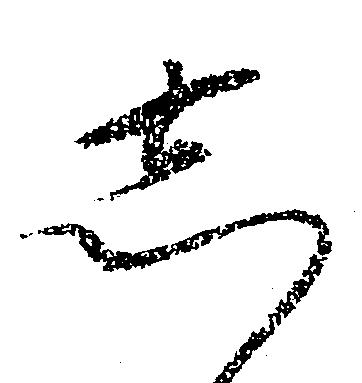
し